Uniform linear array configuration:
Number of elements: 48
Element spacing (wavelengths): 0.25
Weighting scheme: uniform
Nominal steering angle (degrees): -15
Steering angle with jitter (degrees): -13.928
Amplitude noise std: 0.05
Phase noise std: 0.05

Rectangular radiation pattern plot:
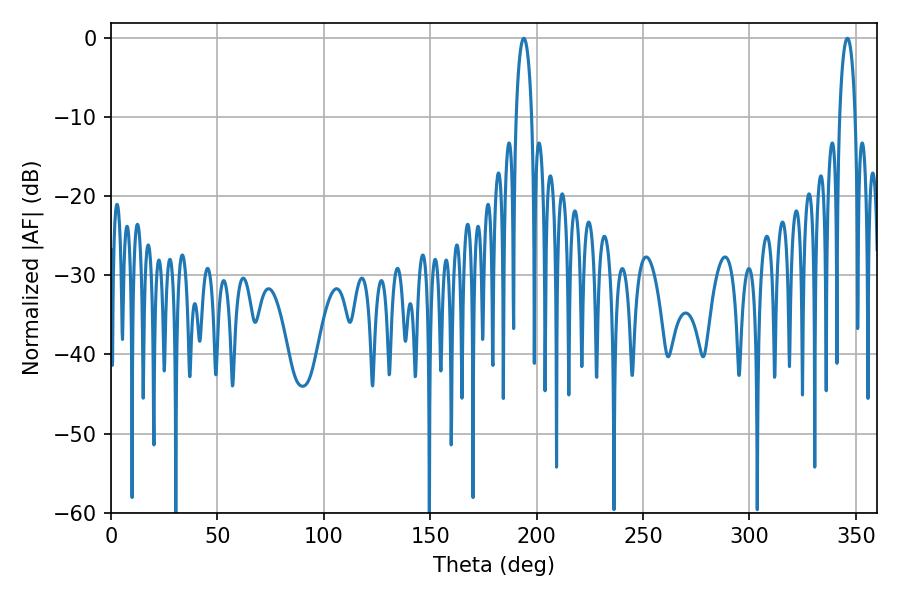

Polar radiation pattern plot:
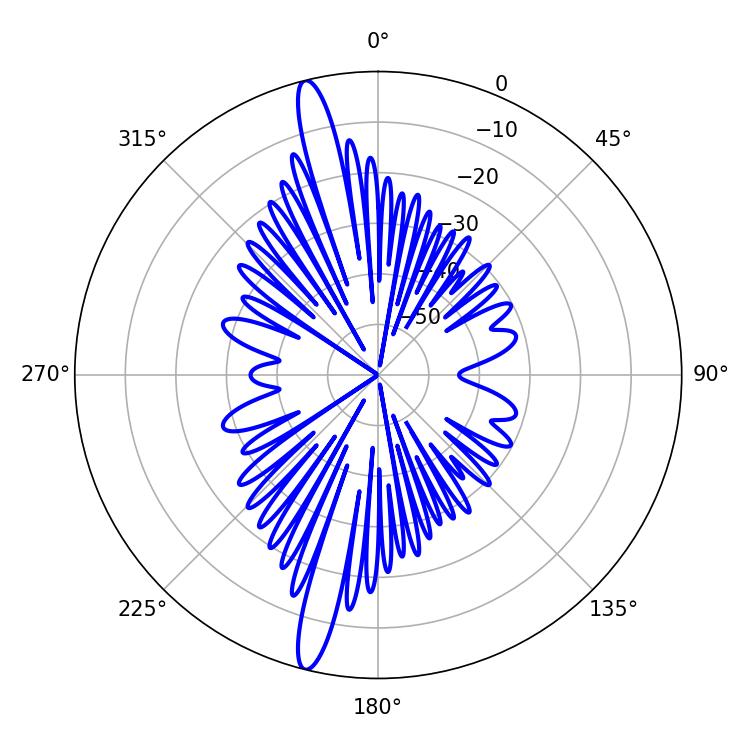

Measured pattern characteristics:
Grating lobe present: FALSE
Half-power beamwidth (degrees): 4.14
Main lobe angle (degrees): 194.04